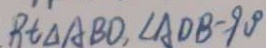
R t \Delta A B D , \angle A D B - 9 0 ^ { \circ }